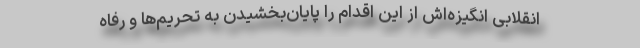
انقلابی انگیزه‌اش از این اقدام را پایان‌بخشیدن به تحریم‌ها و رفاه